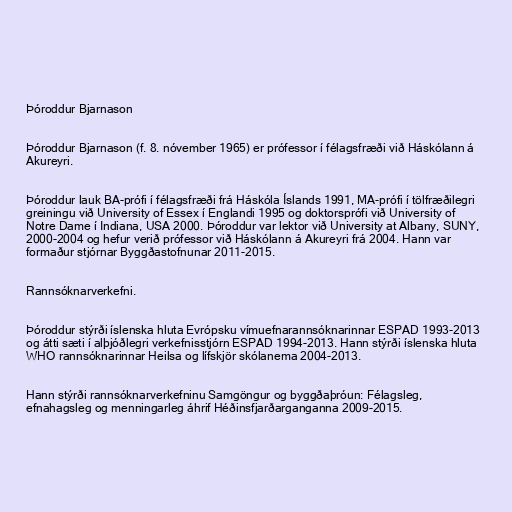
Þóroddur Bjarnason

Þóroddur Bjarnason (f. 8. nóvember 1965) er prófessor í félagsfræði við Háskólann á
Akureyri.

Þóroddur lauk BA-prófi í félagsfræði frá Háskóla Íslands 1991, MA-prófi í tölfræðilegri
greiningu við University of Essex í Englandi 1995 og doktorsprófi við University of
Notre Dame í Indiana, USA 2000. Þóroddur var lektor við University at Albany, SUNY,
2000-2004 og hefur verið prófessor við Háskólann á Akureyri frá 2004. Hann var
formaður stjórnar Byggðastofnunar 2011-2015.

Rannsóknarverkefni.

Þóroddur stýrði íslenska hluta Evrópsku vímuefnarannsóknarinnar ESPAD 1993-2013
og átti sæti í alþjóðlegri verkefnisstjórn ESPAD 1994-2013. Hann stýrði íslenska hluta
WHO rannsóknarinnar Heilsa og lífskjör skólanema 2004-2013.

Hann stýrði rannsóknarverkefninu Samgöngur og byggðaþróun: Félagsleg,
efnahagsleg og menningarleg áhrif Héðinsfjarðarganganna 2009-2015.